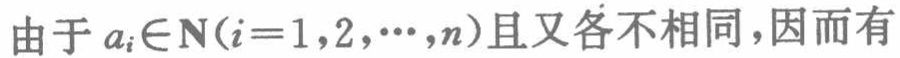
由于 \(a_{i}\in\mathbf{N}(i = 1,2,\cdots,n)\) 且又各不相同，因而有